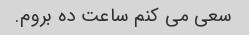
سعی می کنم ساعت ده بروم.